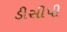
ડીસીપી